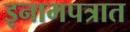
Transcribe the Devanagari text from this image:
इनामपत्रात